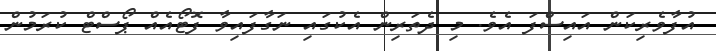
އުފާވެރިކަން އައިސްފަ އެވެ. މި ދެތަރިން އެކުގައި ނަގާފައިވާ ފޮޓޯއެއް ޕޯސްޓް ކުރަމުން